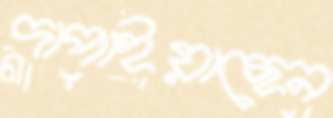
দাপাইয়াছেন